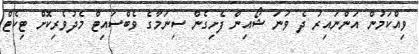
ވިއްކަމުން އަންނައިރު ދެ ވަނަ ޝޯއިން ފެށިގެން ސިނަމާގެ ވެބްސައިޓް މެދުވެރިކޮށް ޓިކެޓް